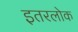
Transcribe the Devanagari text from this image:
इतरलोक